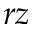
r z